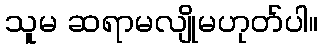
သူမ ဆရာမလျိုမဟုတ်ပါ။